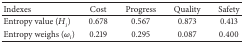
<table><thead><tr><td><b>Indexes </b></td><td><b>Cost </b></td><td><b>Progress </b></td><td><b>Quality </b></td><td><b>Safety </b></td></tr></thead><tbody><tr><td>Entropy value (<i>H</i><sub><i>i</i></sub>)</td><td>0.678 </td><td>0.567 </td><td>0.873 </td><td>0.413 </td></tr><tr><td>Entropy weighs (<i>ω</i><sub><i>i</i></sub>)</td><td>0.219 </td><td>0.295 </td><td>0.087 </td><td>0.400 </td></tr></tbody></table>